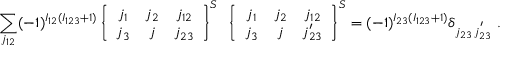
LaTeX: \sum _ { j _ { 1 2 } } ( - 1 ) ^ { I _ { 1 2 } ( I _ { 1 2 3 } + 1 ) } \left\{ \begin{array} { c c c } { { j _ { 1 } } } & { { j _ { 2 } } } & { { j _ { 1 2 } } } \\ { { j _ { 3 } } } & { { j } } & { { j _ { 2 3 } } } \end{array} \right\} ^ { S } ~ \left\{ \begin{array} { c c c } { { j _ { 1 } } } & { { j _ { 2 } } } & { { j _ { 1 2 } } } \\ { { j _ { 3 } } } & { { j } } & { { j _ { 2 3 } ^ { \prime } } } \end{array} \right\} ^ { S } = ( - 1 ) ^ { I _ { 2 3 } ( I _ { 1 2 3 } + 1 ) } \delta _ { j _ { 2 3 } \, j _ { 2 3 } ^ { ' } } ~ .